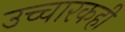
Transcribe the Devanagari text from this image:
उच्चारकही